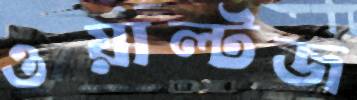
ওয়াল্টজ